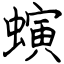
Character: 螾